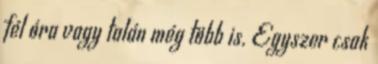
fél óra vagy talán még több is. Egyszer csak